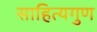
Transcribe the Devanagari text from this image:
साहित्यगुण